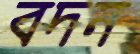
বদন